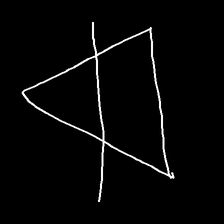
Glyph: empower